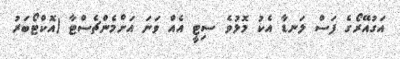
އަގުއޭރޯގެ ފަސް ލަނޑާ އެކު މޮޅުވެ ސިޓީ އެއް ވަނަ އަށްމެންޗެސްޓާ (އޮކްޓޯބަރު